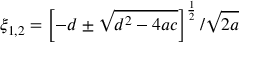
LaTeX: \xi _ { 1 , 2 } = \left[ - d \pm \sqrt { d ^ { 2 } - 4 a c } \right] ^ { \frac 1 2 } / \sqrt { 2 a }